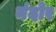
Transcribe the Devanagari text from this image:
नंदोर